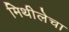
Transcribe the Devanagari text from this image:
मिथीलेचा